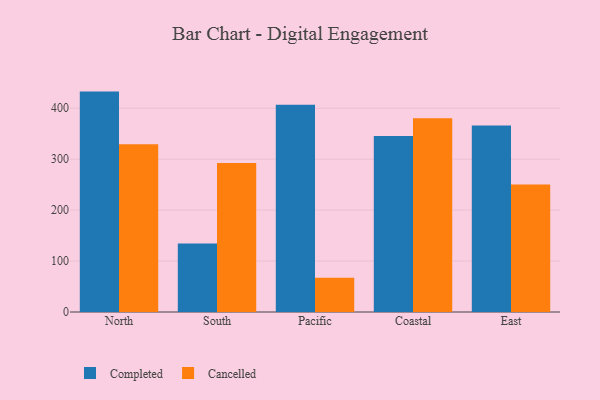
{"axis": {"x": "Region", "y": "Temperature (°C)"}, "legend": ["Cancelled", "Completed"], "data": [{"x": "North", "y": 432.7, "type": "Completed"}, {"x": "North", "y": 329.4, "type": "Cancelled"}, {"x": "South", "y": 134.6, "type": "Completed"}, {"x": "South", "y": 292.6, "type": "Cancelled"}, {"x": "Pacific", "y": 406.7, "type": "Completed"}, {"x": "Pacific", "y": 67.2, "type": "Cancelled"}, {"x": "Coastal", "y": 345.5, "type": "Completed"}, {"x": "Coastal", "y": 380.5, "type": "Cancelled"}, {"x": "East", "y": 366.0, "type": "Completed"}, {"x": "East", "y": 250.3, "type": "Cancelled"}]}